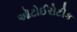
ઑટોઈરોટીક